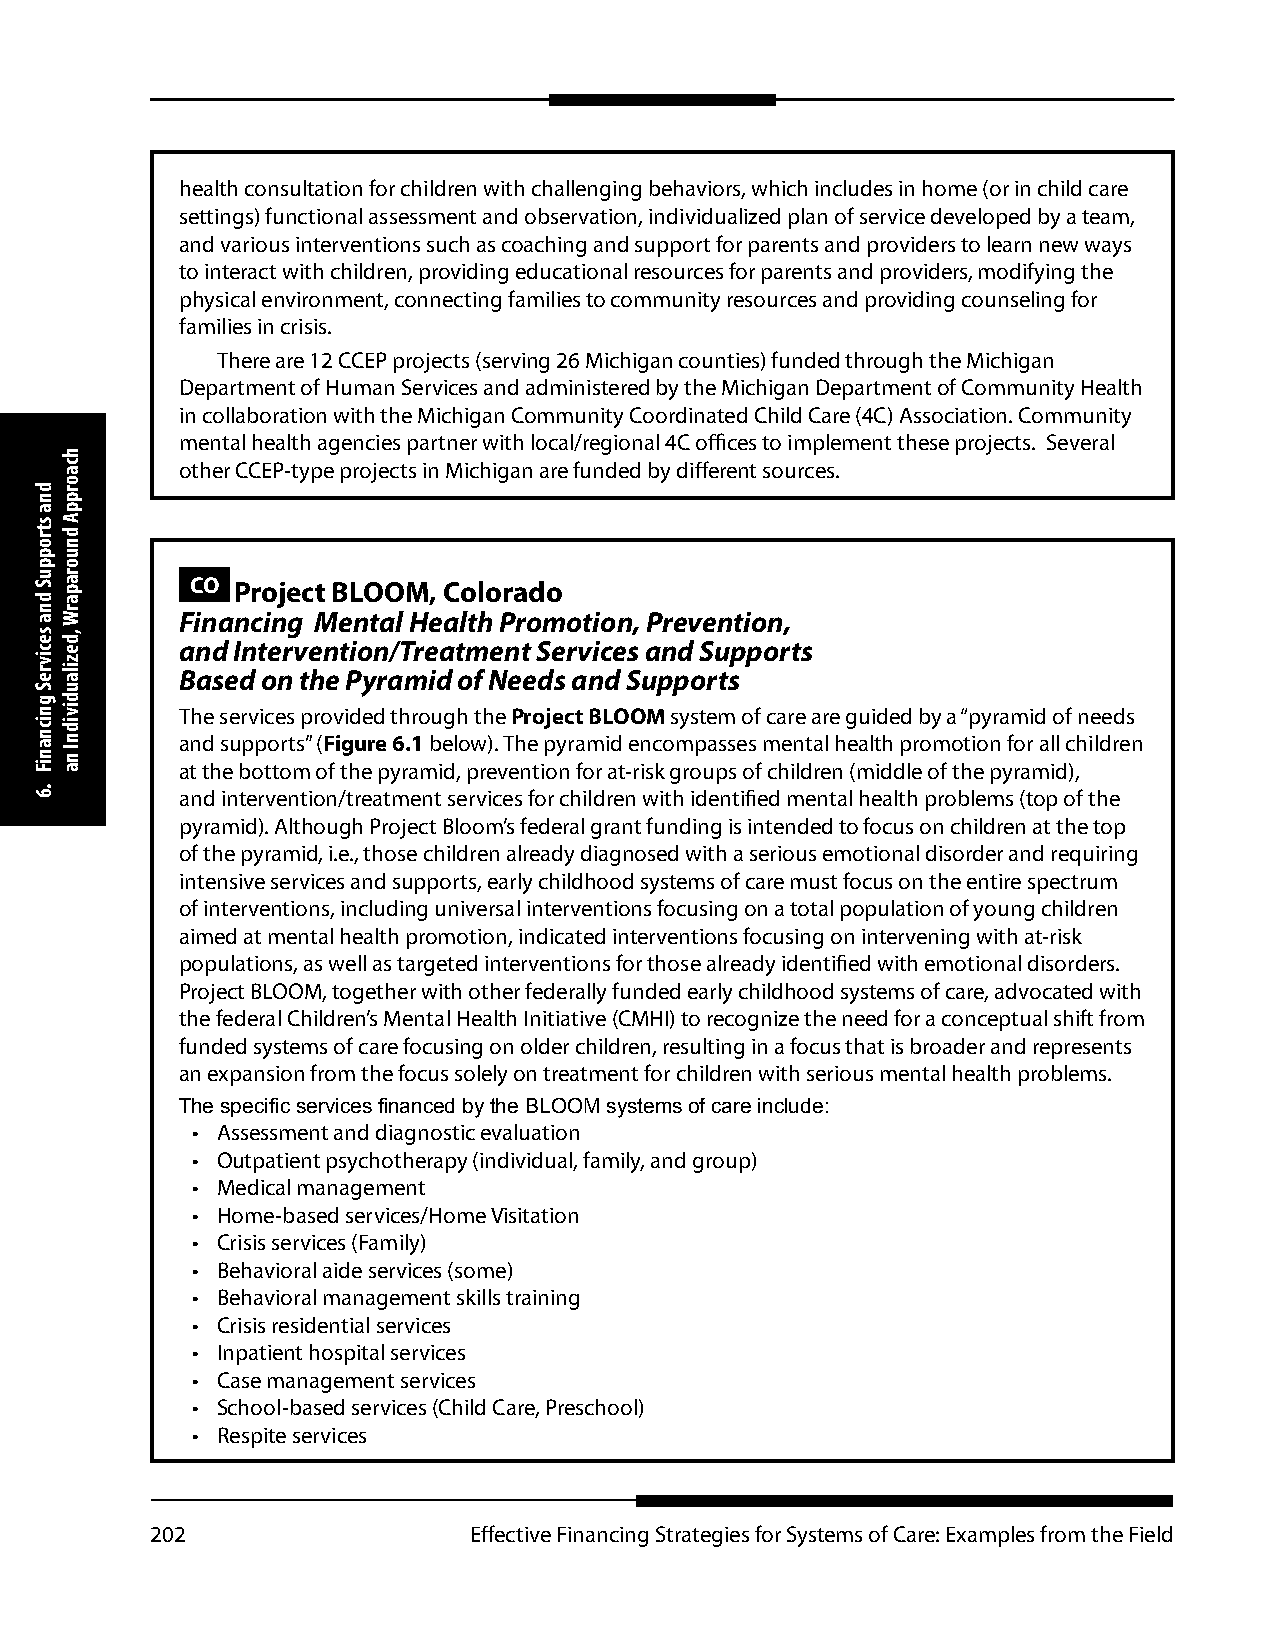
health consultation for children with challenging behaviors, which includes in home (or in child care
 settings) functional assessment and observation, individualized plan of service developed by a team,
 and various interventions such as coaching and support for parents and providers to learn new ways
 to interact with children, providing educational resources for parents and providers, modifying the
 physical environment, connecting families to community resources and providing counseling for
 families in crisis.
 There are 12 CCEP projects (serving 26 Michigan counties) funded through the Michigan
 Department of Human Services and administered by the Michigan Department of Community Health
 in collaboration with the Michigan Community Coordinated Child Care (4C) Association. Community
 mental health agencies partner with local/regional 4C offices to implement these projects. Several
 other CCEP-type projects in Michigan are funded by different sources.
 CO Project BLOOM, Colorado
 Financing Mental Health Promotion, Prevention,
 and Intervention/Treatment Services and Supports
 Based on the Pyramid of Needs and Supports
 The services provided through the Project BLOOM system of care are guided by a “pyramid of needs
 and supports” (Figure 6.1 below). The pyramid encompasses mental health promotion for all children
 at the bottom of the pyramid, prevention for at-risk groups of children (middle of the pyramid),
 and intervention/treatment services for children with identified mental health problems (top of the
 pyramid). Although Project Bloom’s federal grant funding is intended to focus on children at the top
 of the pyramid, i.e., those children already diagnosed with a serious emotional disorder and requiring
 intensive services and supports, early childhood systems of care must focus on the entire spectrum
 of interventions, including universal interventions focusing on a total population of young children
 aimed at mental health promotion, indicated interventions focusing on intervening with at-risk
 populations, as well as targeted interventions for those already identified with emotional disorders.
 Project BLOOM, together with other federally funded early childhood systems of care, advocated with
 the federal Children’s Mental Health Initiative (CMHI) to recognize the need for a conceptual shift from
 funded systems of care focusing on older children, resulting in a focus that is broader and represents
 an expansion from the focus solely on treatment for children with serious mental health problems.
 The specific services financed by the BLOOM systems of care include:
 • Assessment and diagnostic evaluation
 • Outpatient psychotherapy (individual, family, and group)
 • Medical management
 • Home-based services/Home Visitation
 • Crisis services (Family)
 • Behavioral aide services (some)
 • Behavioral management skills training
 • Crisis residential services
 • Inpatient hospital services
 • Case management services
 • School-based services (Child Care, Preschool)
 • Respite services
 202                  Effective Financing Strategies for Systems of Care: Examples from the Field
 dna
 stroppuS
 dna
 secivreS
 gnicnaniF
 .6
 hcaorppA
 dnuoraparW
 ,dezilaudividnI
 na